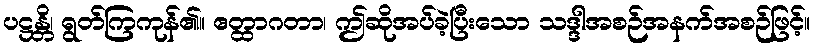
ပဋ္ဌန္တိ၊ ရွတ်ကြကုန်၏။ ဧတ္ထာဂတာ၊ ဤဆိုအပ်ခဲ့ပြီးသော သဒ္ဒါအစဉ်အနက်အစဉ်ဖြင့်။